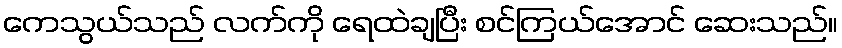
ကေသွယ်သည် လက်ကို ရေထဲချပြီး စင်ကြယ်အောင် ဆေးသည်။